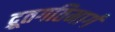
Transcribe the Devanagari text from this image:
द्रूतगतिमार्ग